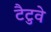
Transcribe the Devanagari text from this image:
टैटुवे